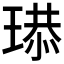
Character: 𤧴